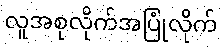
လူအစုလိုက်အပြုံလိုက်